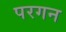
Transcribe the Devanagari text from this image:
परगन